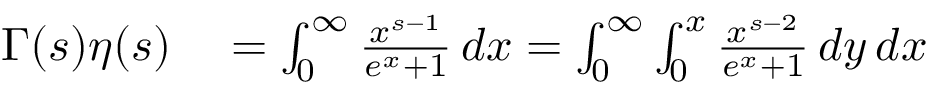
\begin{array} { r l } { \Gamma ( s ) \eta ( s ) } & { { } = \int _ { 0 } ^ { \infty } { \frac { x ^ { s - 1 } } { e ^ { x } + 1 } } \, d x = \int _ { 0 } ^ { \infty } \int _ { 0 } ^ { x } { \frac { x ^ { s - 2 } } { e ^ { x } + 1 } } \, d y \, d x } \end{array}